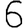
Digit: 6